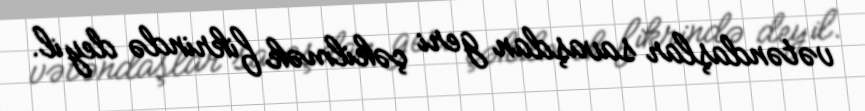
vətəndaşlar savaşdan geri çəkilmək fikrində deyil.